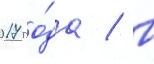
2017 го́да / в